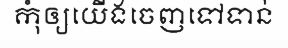
កុំឲ្យយើងចេញទៅទាន់